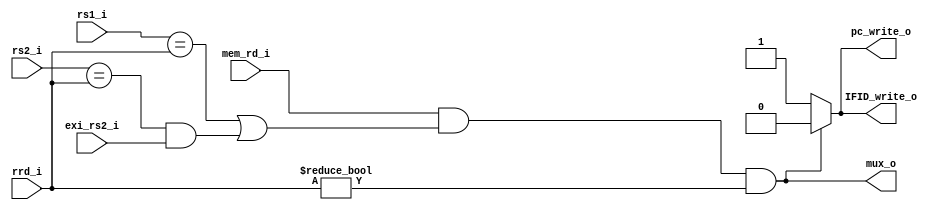

module Hazard(rs1_i, rs2_i, rrd_i, mem_rd_i, mux_o, IFID_write_o, pc_write_o, exi_rs2_i);

input [4:0] rs1_i, rs2_i, rrd_i;
input       mem_rd_i, exi_rs2_i;
output      mux_o;
output      pc_write_o, IFID_write_o;

wire hazard_occur;

assign hazard_occur = ( (mem_rd_i == 1'b1)   &&   (rs1_i == rrd_i || (rs2_i == rrd_i && exi_rs2_i == 1'b1)) && rrd_i != 5'b0);

assign mux_o = hazard_occur;

assign IFID_write_o = hazard_occur == 1'b1 ? 1'b0 : 1'b1;

assign pc_write_o =   hazard_occur == 1'b1 ? 1'b0 : 1'b1;

endmodule